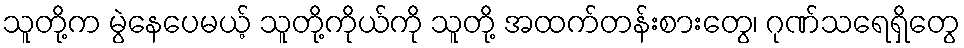
သူတို့က မွဲနေပေမယ့် သူတို့ကိုယ်ကို သူတို့ အထက်တန်းစားတွေ၊ ဂုဏ်သရေရှိတွေ